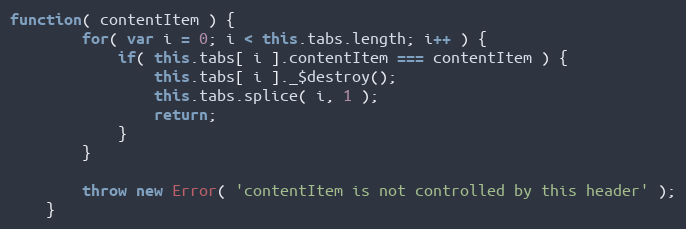
Language: JavaScript
function( contentItem ) {
		for( var i = 0; i < this.tabs.length; i++ ) {
			if( this.tabs[ i ].contentItem === contentItem ) {
				this.tabs[ i ]._$destroy();
				this.tabs.splice( i, 1 );
				return;
			}
		}

		throw new Error( 'contentItem is not controlled by this header' );
	}